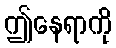
ဤနေရာကို